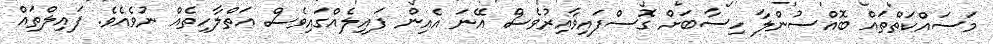
މަސައްކަތްތައް ބޮއްސުންލާ ހިސާބަށް ގޮސްފައިވާއިރުވެސް އޭނަ އެއިން ފައިލެއްގައިވެސް އަތްލާހިތެއް ނުވެއެވެ. ފައިލްތައް